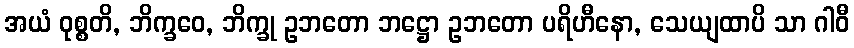
အယံ ဝုစ္စတိ, ဘိက္ခဝေ, ဘိက္ခု ဥဘတော ဘဋ္ဌော ဥဘတော ပရိဟီနော, သေယျထာပိ သာ ဂါဝီ